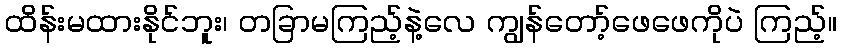
ထိန်းမထားနိုင်ဘူး၊ တခြာမကြည့်နဲ့လေ ကျွန်တော့်ဖေဖေကိုပဲ ကြည့်။